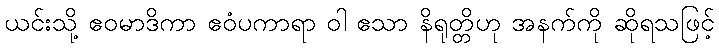
ယင်းသို့ ဧဝမာဒိကာ ဧဝံပကာရာ ဝါ ဧသာ နိရုတ္တိဟု အနက်ကို ဆိုရသဖြင့်